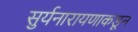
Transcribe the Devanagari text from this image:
सुर्यनारायणाकडून